Civil Veterinary Department. Central Provinces & Berar 1932-41 - 1932-1941
Year: 1932
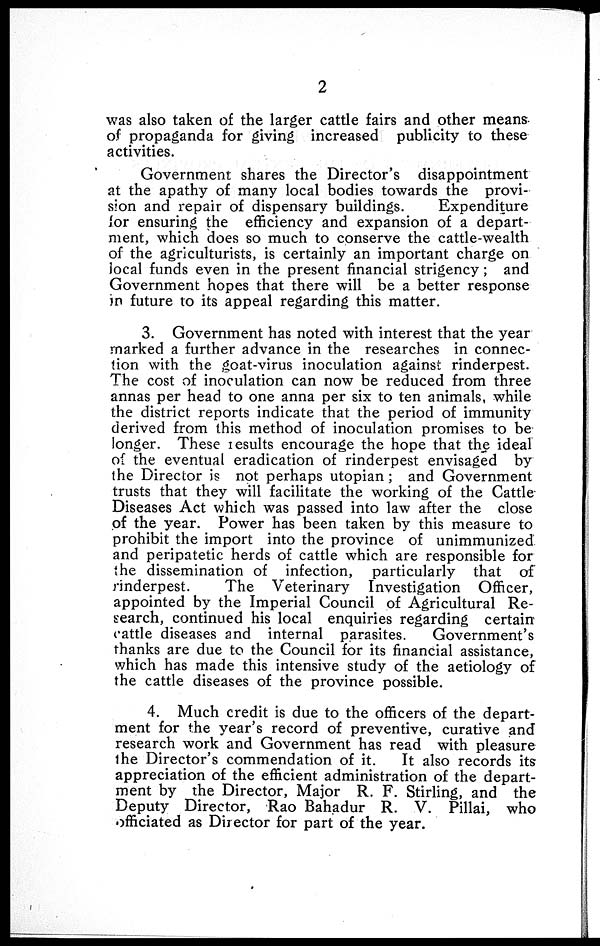
2
was also taken of the larger cattle fairs and other means
of propaganda for giving increased publicity to these
activities.
Government shares the Director's disappointment
at the apathy of many local bodies towards the provi-
sion and repair of dispensary buildings.
Expenditure
for ensuring the efficiency and expansion of a depart-
ment, which does so much to conserve the cattle-wealth
of the agriculturists, is certainly an important charge on
local funds even in the present financial strigency; and
Government hopes that there will be a better response
in future to its appeal regarding this matter.
3. Government has noted with interest that the year
marked a further advance in the researches in connec-
tion with the goat-virus inoculation against rinderpest.
The cost of inoculation can now be reduced from three
annas per head to one anna per six to ten animals, while
the district reports indicate that the period of immunity
derived from this method of inoculation promises to be
longer. These results encourage the hope that the ideal
of the eventual eradication of rinderpest envisaged by
the Director is not perhaps utopian; and Government
trusts that they will facilitate the working of the Cattle
Diseases Act which was passed into law after the close
of the year. Power has been taken by this measure to
prohibit the import into the province of unimmunized
and peripatetic herds of cattle which are responsible for
the dissemination of infection, particularly that of
rinderpest.
The Veterinary Investigation Officer,
appointed by the Imperial Council of Agricultural Re-
search, continued his local enquiries regarding certain
cattle diseases and internal parasites.
Government's
thanks are due to the Council for its financial assistance,
which has made this intensive study of the aetiology of
the cattle diseases of the province possible.
4. Much credit is due to the officers of the depart-
ment for the year's record of preventive, curative and
research work and Government has read with pleasure
the Director's commendation of it.
It also records its
appreciation of the efficient administration of the depart-
ment by the Director, Major R. F. Stirling, and the
Deputy Director, Rao Bahadur R. V. Pillai, who
officiated as Director for part of the year.